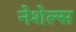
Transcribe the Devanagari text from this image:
नेशेल्स